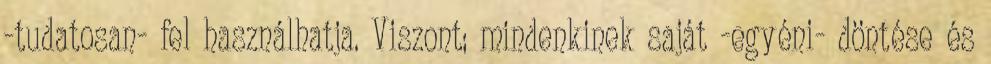
-tudatosan- fel használhatja. Viszont; mindenkinek saját -egyéni- döntése és